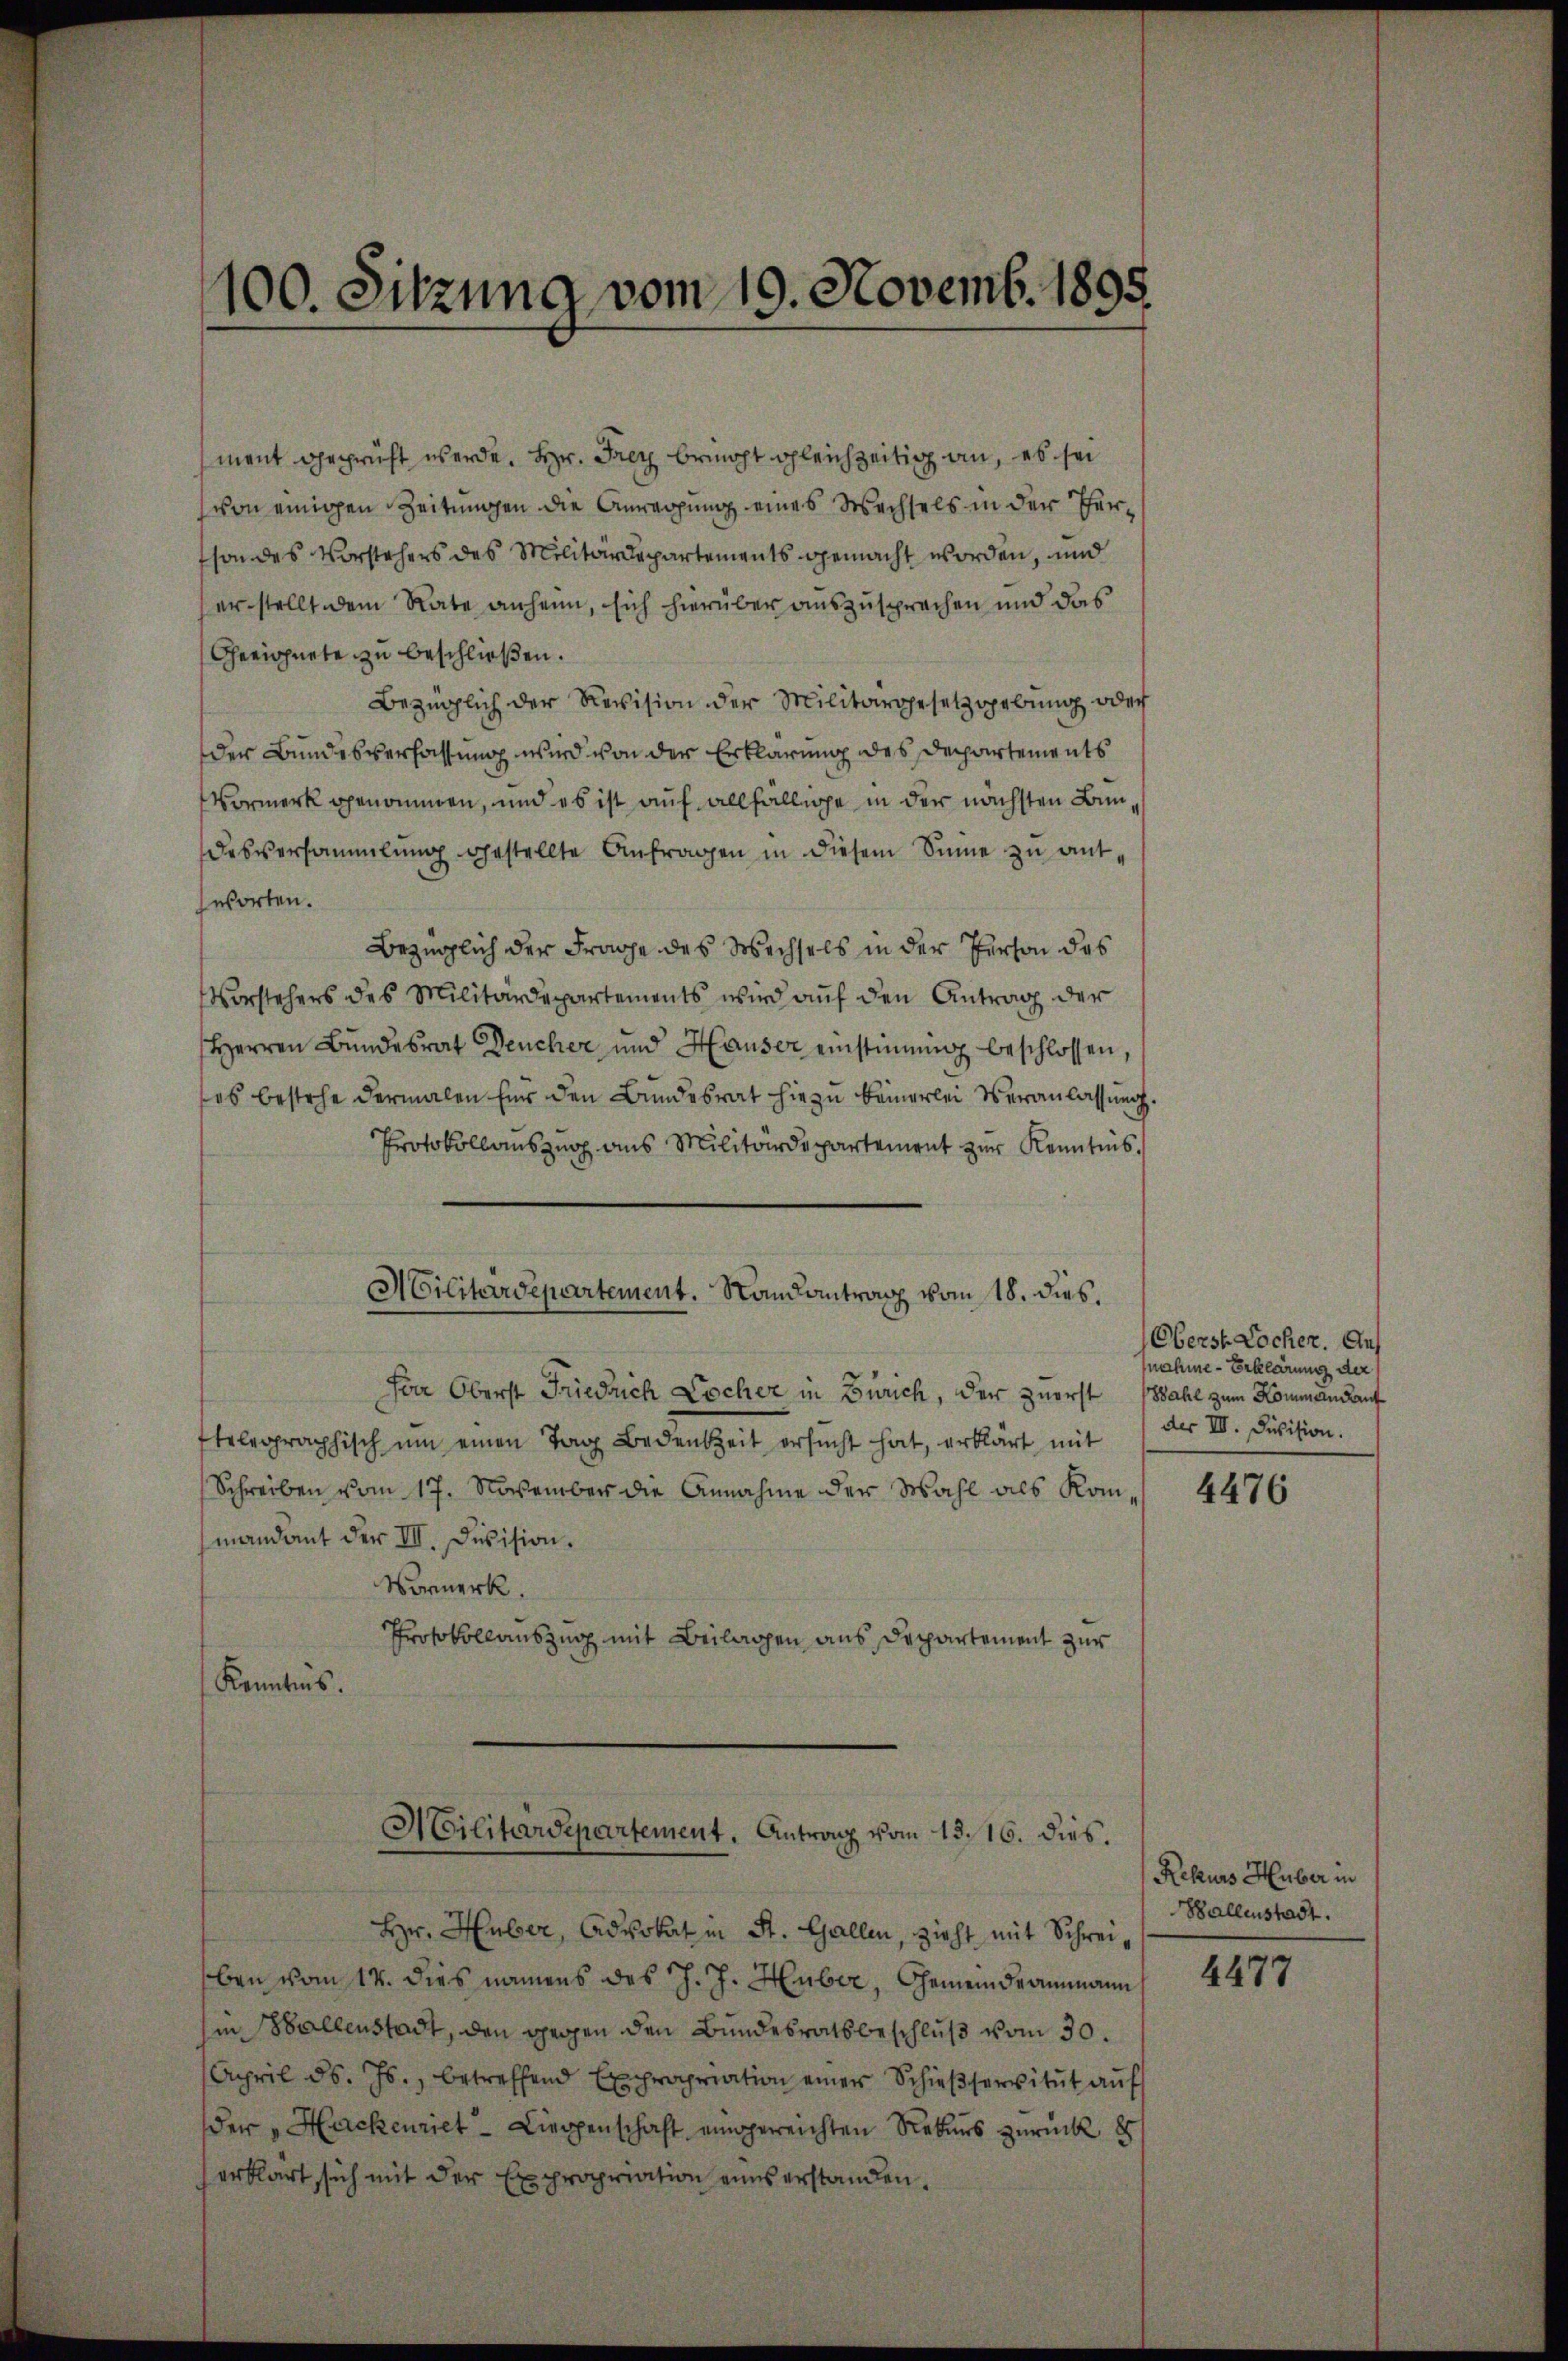
100. Sitzung vom 19. Novemb. 1895.

ment geprüft werde. Hr. Frey bericht gleichzeitig an, es sei
von einigen Zeitungen die Anregung eines Wechsels in der Hersondes Vorstehers des Militärdepartements gemacht worden, und
erstellt dem Rate anheim, sich hierüber auszusprechen und das
Geeignete zu beschließen.
Bezüglich der Revision der Militärgesetzgebung oder
der Bundesverfassung wird von der Erklärung des Departements
Vormerk genommen, und es ist auf allfällige in der nächsten Bundesversammlung gestellte Anfragen in diesem Sinne zu antzworten.
Bezüglich der Frage des Wechsels in der Person des
Vorstehers des Militärdepartements wird auf den Antrag der
Herren Bundesrat Deucher und Hauser einstimmig beschlossen,
es bestehe dermalen für den Bundesrat hiezu keinerlei Veranlassung.
Protokollauszug aus Militärdepartement zur Kenntnis.
Militärdepartement. Ramantrag vom 18. dies.
Joa Oberst Friedrich Locher in Zürich, der zuerst Wahl zum Kommandauf
telegraphisch ŭm einen Tag Bedenkzeit ersŭcht hat, erklärt mit
Schreiben vom 17. November die Annahme der Wahl als Kommandant der III. Division.
Vormerk.
Protokollauszug mit Beilagen aus Departement zur
Kenntnis.

Hr. Huber, Advokat in St. Gallen, zieht mit Schreiben vom 14. dies namens des J. J. Huber, Gemeindeammann
in Hallenstadt, den gegen den Bundesratsbeschluß vom 30.
April d. Js., betreffend Expropriation einer Schieβservitut auf
der „Hackenriet Liegenschaft eingereichten Rekurs zurück 8
erklärt, sich mit der Expropriation eines erstanden.

Militärdepartement. Antrag vom 13. 16. dies.

Oberst Locher. Auf
nahme-Erklärung der
des III. Division.

4476

Rekurs Huber in
Ballenstadt.

4477